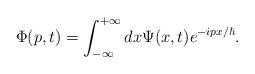
LaTeX: \begin{align*}\Phi(p,t)=\int_{-\infty}^{+\infty}dx\Psi(x,t)e^{-ipx/\hslash}.\end{align*}